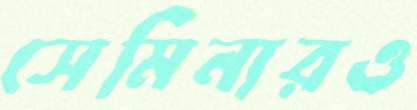
সেমিনারও